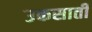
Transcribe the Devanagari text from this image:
उकसातीं